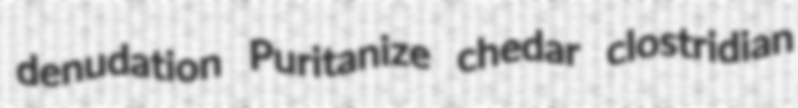
denudation Puritanize chedar clostridian